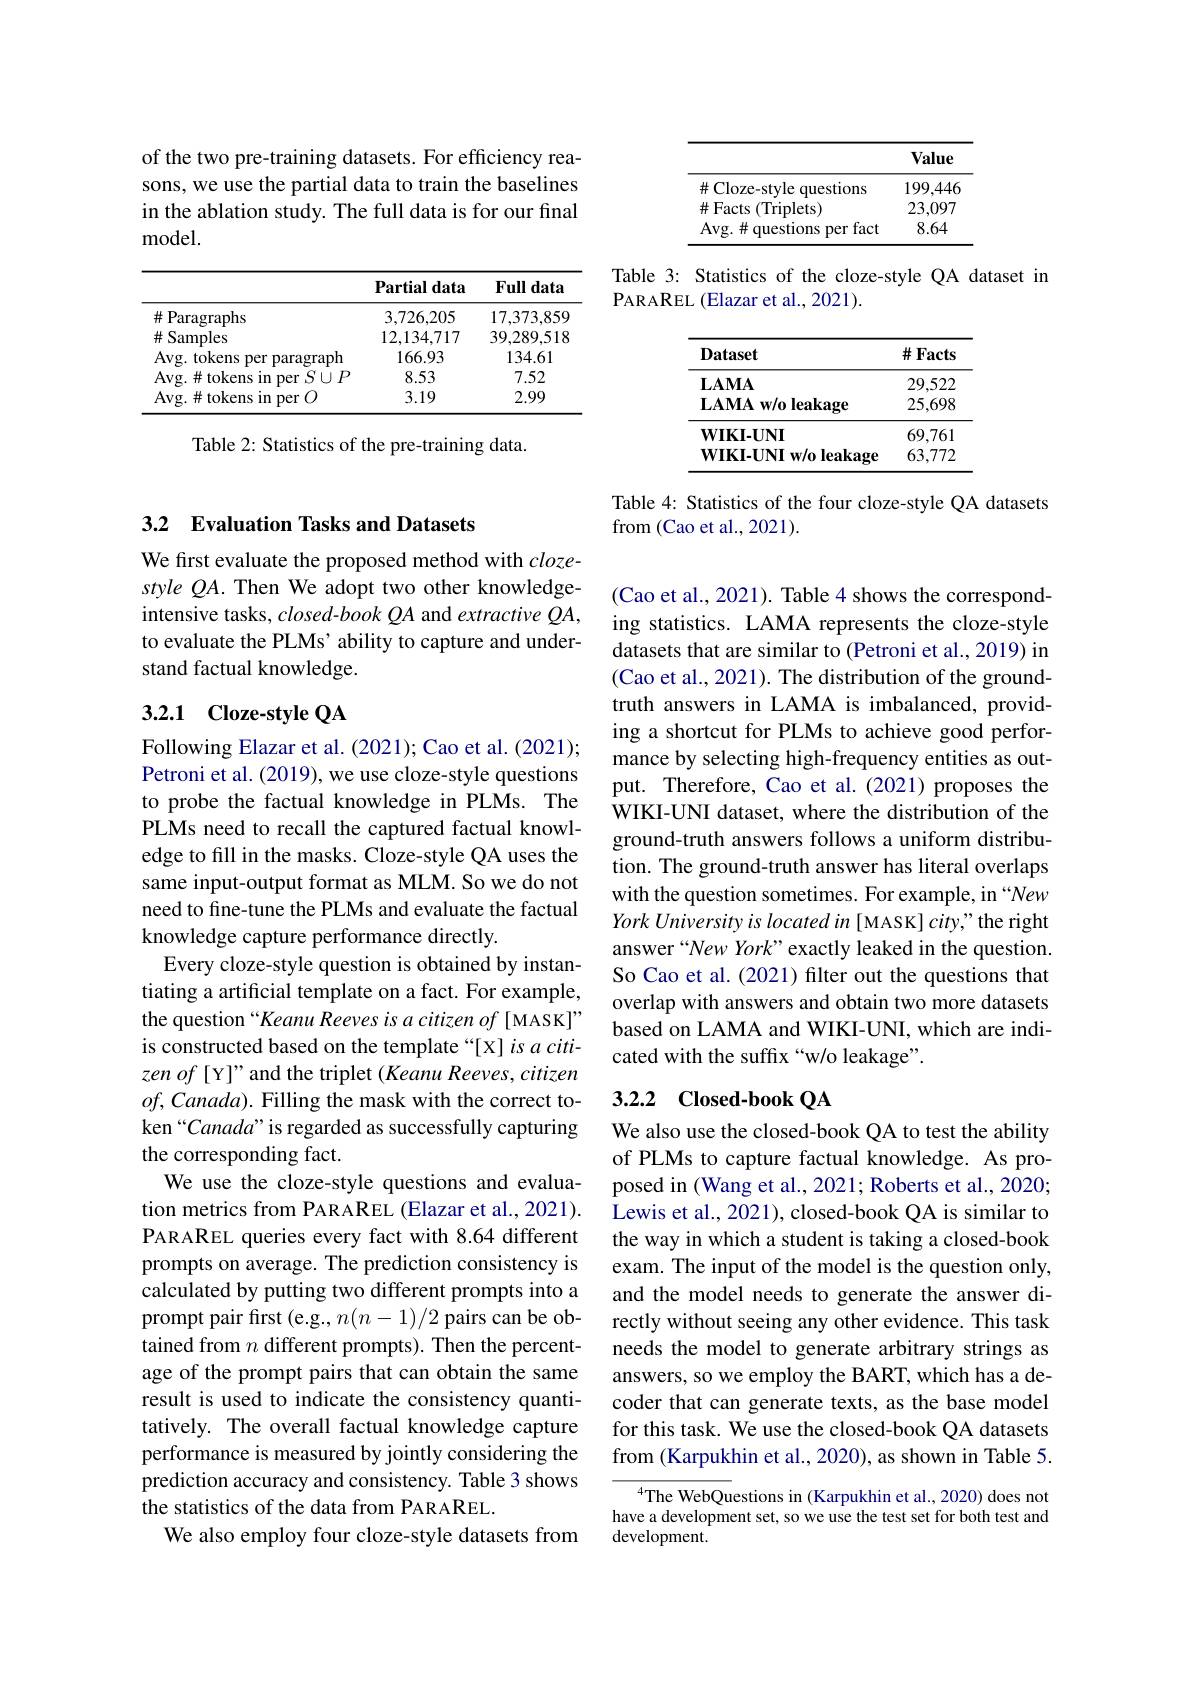
of the two pre-training datasets. For efficiency reasons, we use the partial data to train the baselines in the ablation study. The full data is for our final model.

<table>
	<tbody>
		<tr>
			<th> </th>
			<th>Partial data</th>
			<th>Full $\epsilon$ data</th>
		</tr>
		<tr>
			<td>$\#$Paragraphs</td>
			<td>3,726,205</td>
			<td>17,373,859</td>
		</tr>
		<tr>
			<td>$\#$ Samples</td>
			<td>12,134,717</td>
			<td>39,289.518</td>
		</tr>
		<tr>
			<td>Avg. tokens 1 Der paragraph</td>
			<td>166.93</td>
			<td>134.61</td>
		</tr>
		<tr>
			<td>$\operatorname{Avg.}\#$tokens in per $S\cup P$</td>
			<td>8.53</td>
			<td>7.52</td>
		</tr>
		<tr>
			<td>Avg. $\#$tokens in per 1 (0)</td>
			<td>3.19</td>
			<td>2.99</td>
		</tr>
	</tbody>
</table>

Table 2: Statistics of the pre-training data.

## 3.2 Evaluation Tasks and Datasets

We first evaluate the proposed method with $cloze-$ style QA. Then We adopt two other knowledgeintensive tasks, closed-book QA and extractive $QA$, to evaluate the PLMs' ability to capture and understand factual knowledge.

## 3.2.1 Cloze-style QA

Following Elazar et al. (2021); Cao et al. (2021); Petroni et al. (2019), we use cloze-style questions to probe the factual knowledge in PLMs. The PLMs need to recall the captured factual knowledge to fill in the masks. Cloze-style QA uses the same input-output format as MLM. So we do not need to fine-tune the PLMs and evaluate the factual knowledge capture performance directly.
Every cloze-style question is obtained by instantiating a artificial template on a fact. For example, the question “Keanu Reeves is a citizen of [MASK]” is constructed based on the template“[X] is a citizen of [Y]" and the triplet (Keanu Reeves, citizen $of,Canada).$ Filling the mask with the correct token“Canada” is regarded as successfully capturing the corresponding fact.
We use the cloze-style questions and evaluation metrics from PARAREL (Elazar et al., 2021). PARAREL queries every fact with 8.64 different prompts on average. The prediction consistency is calculated by putting two different prompts into a prompt pair first (e.g., $n(n-1)/2$ pairs can be obtained from $n$ different prompts). Then the percentage of the prompt pairs that can obtain the same result is used to indicate the consistency quantitatively. The overall factual knowledge capture performance is measured by jointly considering the prediction accuracy and consistency. Table 3 shows the statistics of the data from PARAREL.
We also employ four cloze-style datasets from

<table>
	<tbody>
		<tr>
			<th> </th>
			<th>Value</th>
		</tr>
		<tr>
			<td>$\#$ Cloze-style questions</td>
			<td>199,446</td>
		</tr>
		<tr>
			<td>$\#$Facts (Triplets)</td>
			<td>23,097</td>
		</tr>
		<tr>
			<td>Avg. # questions per fact</td>
			<td>8.64</td>
		</tr>
	</tbody>
</table>

Table 3: Statistics of the cloze-style QA dataset in
PARAREL (Elazar et al., 2021).

<table>
	<tbody>
		<tr>
			<th>$\mathbf{Dataset}$</th>
			<th>$\#$Facts</th>
		</tr>
		<tr>
			<td>$\mathbf{LAMA}$</td>
			<td>29,522</td>
		</tr>
		<tr>
			<td>$\mathbf{LAMAw/o}$ leakage</td>
			<td>25,698</td>
		</tr>
		<tr>
			<td>$\mathbf{WIKI-UNI}$</td>
			<td>69,761</td>
		</tr>
		<tr>
			<td>$\textbf{WIKI- UNI w/ o leakage}$</td>
			<td>63,772</td>
		</tr>
	</tbody>
</table>

Table 4: Statistics of the four cloze-style QA datasets
from (Cao et al., 2021).

(Cao et al., 2021). Table 4 shows the corresponding statistics. LAMA represents the cloze-style datasets that are similar to (Petroni et al., 2019) in (Cao et al., 2021). The distribution of the groundtruth answers in LAMA is imbalanced, providing a shortcut for PLMs to achieve good performance by selecting high-frequency entities as output. Therefore, Cao et al.(2021) proposes the WIKI-UNI dataset, where the distribution of the ground-truth answers follows a uniform distribution. The ground-truth answer has literal overlaps with the question sometimes. For example, in “New York University is located in [ MASK] city," the right answer“New York”exactly leaked in the question. So Cao et al. (2021) filter out the questions that overlap with answers and obtain two more datasets based on LAMA and WIKI-UNI, which are indicated with the suffix “w/o leakage”.

## 3.2.2 Closed-book QA

We also use the closed-book QA to test the ability of PLMs to capture factual knowledge. As proposed in (Wang et al., 2021; Roberts et al., 2020; Lewis et al., 2021), closed-book QA is similar to the way in which a student is taking a closed-book exam. The input of the model is the question only, and the model needs to generate the answer directly without seeing any other evidence. This task needs the model to generate arbitrary strings as answers, so we employ the BART, which has a decoder that can generate texts, as the base model for this task. We use the closed-book QA datasets from (Karpukhin et al., 2020), as shown in Table 5.

$^{4}$The WebQuestions in (Karpukhin et al., 2020) does not have a development set, so we use the test set for both test and development.